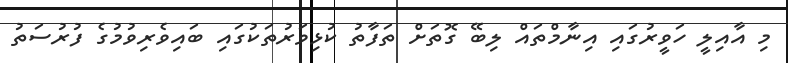
މި އާއިލީ ހަވީރުގައި އިނާމްތައް ލިބޭ ގޮތަށް ތަފާތު ކުޅިވަރުތަކުގައި ބައިވެރިވުމުގެ ފުރުސަތު